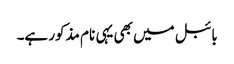
بائبل میں بھی یہی نام مذکور ہے۔